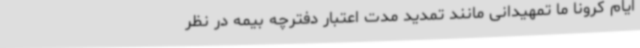
ایام‌ کرونا ما تمهیدانی مانند تمدید مدت اعتبار دفترچه بیمه در نظر